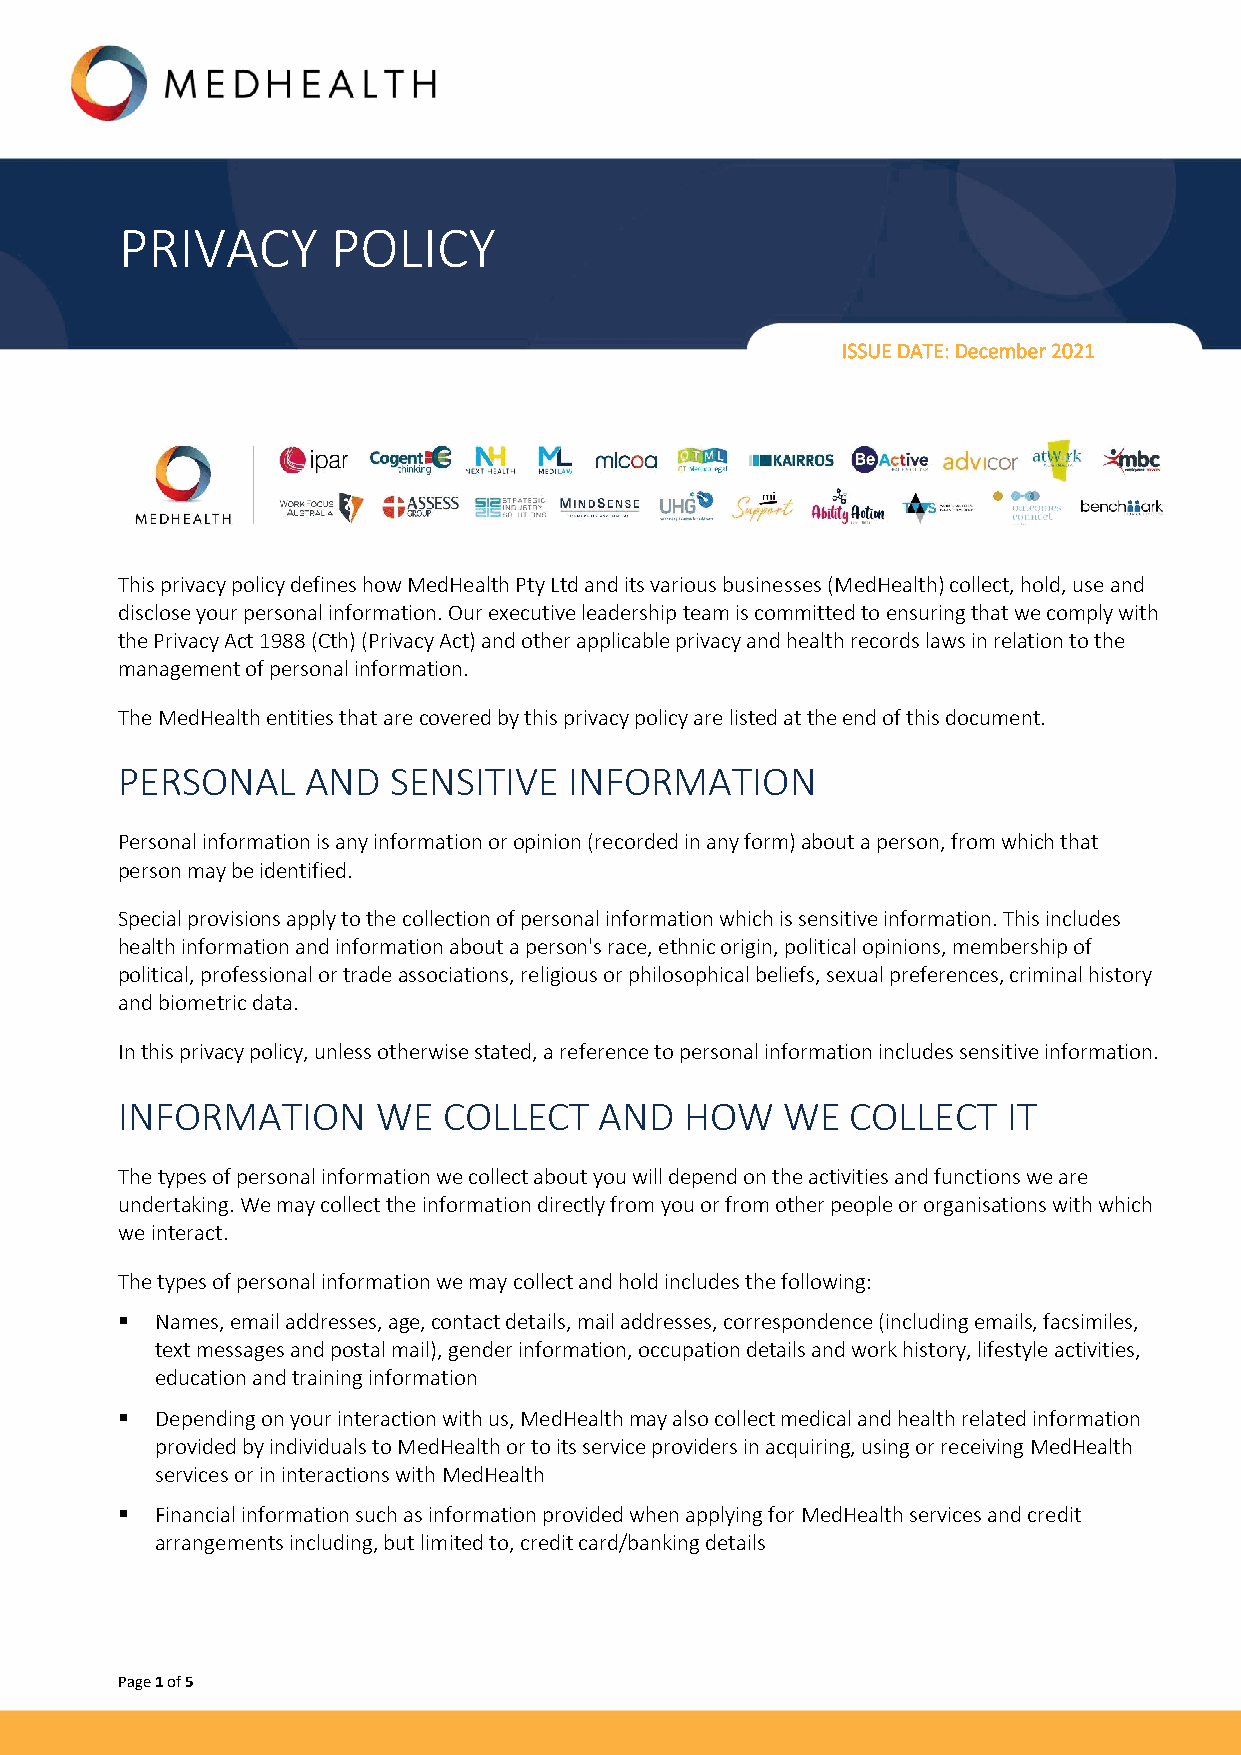
PRIVACY       POLICY
 ISSUE DATE: December 2021
 This privacy policy defines how MedHealth Pty Ltd and its various businesses (MedHealth) collect, hold, use and
 disclose your personal information. Our executive leadership team is committed to ensuring that we comply with
 the Privacy Act 1988 (Cth) (Privacy Act) and other applicable privacy and health records laws in relation to the
 management of personal information.
 The MedHealth entities that are covered by this privacy policy are listed at the end of this document.
 PERSONAL    AND   SENSITIVE   INFORMATION
 Personal information is any information or opinion (recorded in any form) about a person, from which that
 person may be identified.
 Special provisions apply to the collection of personal information which is sensitive information. This includes
 health information and information about a person's race, ethnic origin, political opinions, membership of
 political, professional or trade associations, religious or philosophical beliefs, sexual preferences, criminal history
 and biometric data.
 In this privacy policy, unless otherwise stated, a reference to personal information includes sensitive information.
 INFORMATION      WE  COLLECT    AND  HOW    WE  COLLECT    IT
 The types of personal information we collect about you will depend on the activities and functions we are
 undertaking. We may collect the information directly from you or from other people or organisations with which
 we interact.
 The types of personal information we may collect and hold includes the following:
 ▪ Names, email addresses, age, contact details, mail addresses, correspondence (including emails, facsimiles,
 text messages and postal mail), gender information, occupation details and work history, lifestyle activities,
 education and training information
 ▪ Depending on your interaction with us, MedHealth may also collect medical and health related information
 provided by individuals to MedHealth or to its service providers in acquiring, using or receiving MedHealth
 services or in interactions with MedHealth
 ▪ Financial information such as information provided when applying for MedHealth services and credit
 arrangements including, but limited to, credit card/banking details
 Page 1 of 5